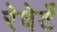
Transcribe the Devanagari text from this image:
रेवेर्टे